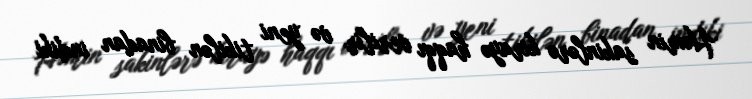
Həmin sakinlərə kirayə haqqı verilir və yeni tikilən binadan indiki